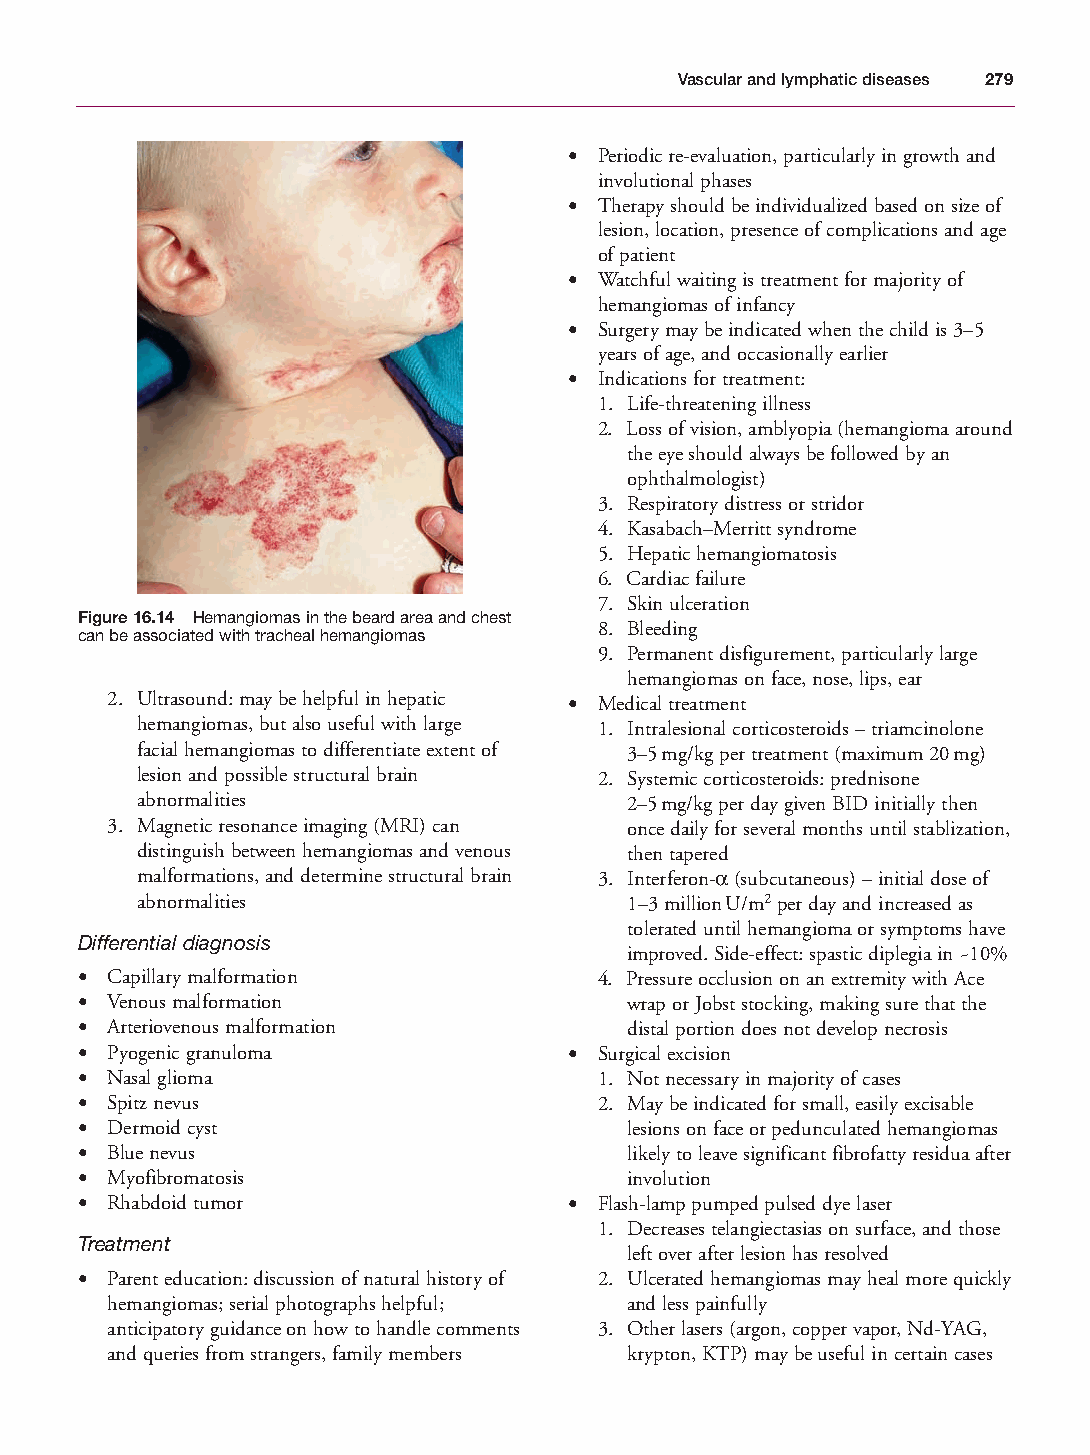
Mallory Chapter 16 27/1/05 2:49 pm Page 279
 Vascular and lymphatic diseases 279
 • Periodic re-evaluation, particularly in growth and
 involutional phases
 • Therapy should be individualized based on size of
 lesion, location, presence of complications and age
 of patient
 • Watchful waiting is treatment for majority of
 hemangiomas of infancy
 • Surgery may be indicated when the child is 3–5
 years of age, and occasionally earlier
 • Indications for treatment:
 1. Life-threatening illness
 2. Loss of vision, amblyopia (hemangioma around
 the eye should always be followed by an
 ophthalmologist)
 3. Respiratory distress or stridor
 4. Kasabach–Merritt syndrome
 5. Hepatic hemangiomatosis
 6. Cardiac failure
 7. Skin ulceration
 Figure 16.14 Hemangiomas in the beard area and chest
 8. Bleeding
 can be associated with tracheal hemangiomas
 9. Permanent disfigurement, particularly large
 hemangiomas on face, nose, lips, ear
 2. Ultrasound: may be helpful in hepatic • Medical treatment
 hemangiomas, but also useful with large 1. Intralesional corticosteroids – triamcinolone
 facial hemangiomas to differentiate extent of 3–5mg/kg per treatment (maximum 20mg)
 lesion and possible structural brain 2. Systemic corticosteroids: prednisone
 abnormalities                   2–5mg/kg per day given BID initially then
 3. Magnetic resonance imaging (MRI) can once daily for several months until stablization,
 distinguish between hemangiomas and venous then tapered
 malformations, and determine structural brain 3. Interferon-α(subcutaneous) – initial dose of
 abnormalities                   1–3 millionU/m2per day and increased as
 tolerated until hemangioma or symptoms have
 Differential diagnosis
 improved. Side-effect: spastic diplegia in ~10%
 • Capillary malformation           4. Pressure occlusion on an extremity with Ace
 • Venous malformation               wrap or Jobst stocking, making sure that the
 • Arteriovenous malformation        distal portion does not develop necrosis
 • Pyogenic granuloma             • Surgical excision
 • Nasal glioma                     1. Not necessary in majority of cases
 • Spitz nevus                      2. May be indicated for small, easily excisable
 • Dermoid cyst                      lesions on face or pedunculated hemangiomas
 • Blue nevus                        likely to leave significant fibrofatty residua after
 • Myofibromatosis                   involution
 • Rhabdoid tumor                 • Flash-lamp pumped pulsed dye laser
 1. Decreases telangiectasias on surface, and those
 Treatment
 left over after lesion has resolved
 • Parent education: discussion of natural history of 2. Ulcerated hemangiomas may heal more quickly
 hemangiomas; serial photographs helpful; and less painfully
 anticipatory guidance on how to handle comments 3. Other lasers (argon, copper vapor, Nd-YAG,
 and queries from strangers, family members krypton, KTP) may be useful in certain cases